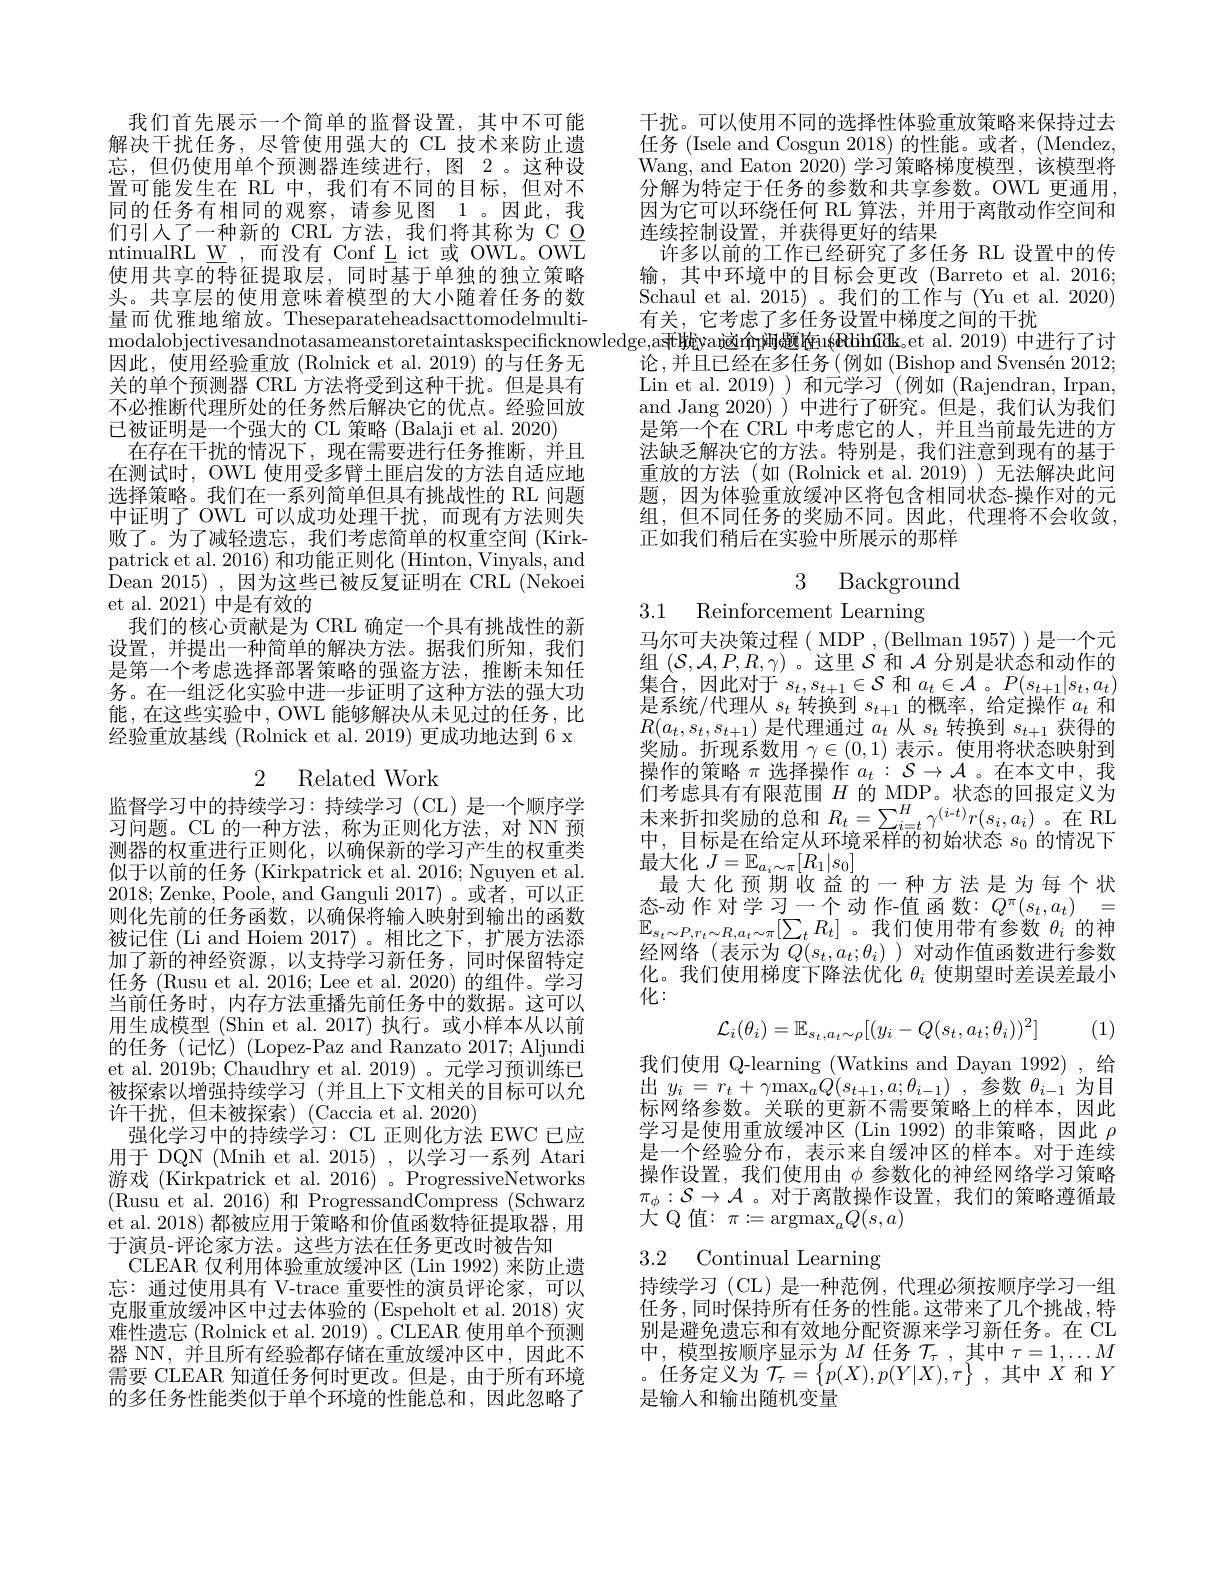
我们首先展示一个简单的监督设置，其中不可能解决干扰任务，尽管使用强大的 CL 技术来防止遗忘，但仍使用单个预测器连续进行，图 2。这种设置可能发生在 RL 中，我们有不同的目标，但对不同的任务有相同的观察，请参见图 1。因此，我们引入了一种新的 CRL 方法，我们将其称为 C O ntinualRL W,而没有 Conf L ict 或 OWL。OWL 使用共享的特征提取层，同时基于单独的独立策略头。共享层的使用意味着模型的大小随着任务的数量而优雅地缩放。Theseparateheadsacttomodelmulti因此，使用经验重放(Rolnick et al.2019)的与任务无关的单个预测器 CRL 方法将受到这种干扰。但是具有不必推断代理所处的任务然后解决它的优点。经验回放已被证明是一个强大的 CL 策略 (Balaji et al. 2020)
在存在干扰的情况下，现在需要进行任务推断，并且在测试时，OWL 使用受多臂土匪启发的方法自适应地选择策略。我们在一系列简单但具有挑战性的 RL 问题中证明了 OWL 可以成功处理干扰，而现有方法则失败了。为了减轻遗忘，我们考虑简单的权重空间(Kirk-) patrick et al. 2016) 和功能正则化 (Hinton, Vinyals, and Dean 2015),因为这些已被反复证明在 CRL (Nekoei et al. 2021) 中是有效的
我们的核心贡献是为 CRL 确定一个具有挑战性的新设置，并提出一种简单的解决方法。据我们所知，我们是第一个考虑选择部署策略的强盗方法，推断未知任务。在一组泛化实验中进一步证明了这种方法的强大功能，在这些实验中，OWL 能够解决从未见过的任务，比经验重放基线 (Rolnick et al. 2019) 更成功地达到 6 x

2 Related Work

监督学习中的持续学习：持续学习(CL)是一个顺序学习问题。CL 的一种方法，称为正则化方法，对 NN 预测器的权重进行正则化，以确保新的学习产生的权重类似于以前的任务 (Kirkpatrick et al. 2016; Nguyen et al. 2018;Zenke, Poole, and Ganguli 2017)。或者，可以正则化先前的任务函数，以确保将输入映射到输出的函数被记住 (Li and Hoiem 2017) 。相比之下，扩展方法添加了新的神经资源，以支持学习新任务，同时保留特定任务 (Rusu et al. 2016; Lee et al. 2020) 的组件。学习当前任务时，内存方法重播先前任务中的数据。这可以用生成模型 (Shin et al. 2017) 执行。或小样本从以前的任务(记忆)(Lopez-Paz and Ranzato 2017; Aljundi et al. 2019b; Chaudhry et al. 2019) 。元学习预训练已被探索以增强持续学习 (并且上下文相关的目标可以允许干扰，但未被探索)(Caccia et al. 2020)
强化学习中的持续学习：CL 正则化方法 EWC 已应用于 DQN (Mnih et al. 2015) ,以学习一系列 Atari 游戏 (Kirkpatrick et al. 2016) 。ProgressiveNetworks (Rusu et al. 2016) 和 ProgressandCompress (Schwarz) et al. 2018) 都被应用于策略和价值函数特征提取器，用于演员-评论家方法。这些方法在任务更改时被告知
CLEAR 仅利用体验重放缓冲区 (Lin 1992) 来防止遗忘：通过使用具有 V-trace 重要性的演员评论家，可以克服重放缓冲区中过去体验的 (Espeholt et al.2018) 灾难性遗忘 (Rolnick et al. 2019) 。$\bar{\mathrm{CLEAR~使用单个预测}}$ 器 NN, 并且所有经验都存储在重放缓冲区中，因此不需要 CLEAR 知道任务何时更改。但是，由于所有环境的多任务性能类似于单个环境的性能总和，因此忽略了

干扰。可以使用不同的选择性体验重放策略来保持过去任务 (Isele and Cosgun 2018) 的性能。或者，(Mendez, Wang, and Eaton 2020) 学习策略梯度模型，该模型将分解为特定于任务的参数和共享参数。OWL 更通用， 因为它可以环绕任何 RL 算法，并用于离散动作空间和连续控制设置，并获得更好的结果
许多以前的工作已经研究了多任务 RL 设置中的传输，其中环境中的目标会更改(Barreto et al.2016; Schaul et al. 2015) 。我们的工作与 (Yu et al. 2020) 有关，它考虑了多任务设置中梯度之间的干扰
modalobjectivesandnotasameanstoretaintaskspecificknowledge, asfł $\c {c}$van$\text{这 种 }$p闽题的uh$ifdk\_ et al. 2019)$ 中进行了讨
论，并且已经在多任务(例如(Bishop and Svensén 2012; Lin et al. 2019) )和元学习 (例如 (Rajendran, Irpan, and Jang 2020) )中进行了研究。但是，我们认为我们是第一个在 CRL 中考虑它的人，并且当前最先进的方法缺乏解决它的方法。特别是，我们注意到现有的基于重放的方法(如(Rolnick et al.2019))无法解决此问题，因为体验重放缓冲区将包含相同状态-操作对的元组，但不同任务的奖励不同。因此，代理将不会收敛， 正如我们稍后在实验中所展示的那样

3 Background

3.1 Reinforcement Learning

马尔可夫决策过程( MDP ,(Bellman 1957) ) 是一个元组$(\mathcal{S},\mathcal{A},P,R,\gamma)$ 。这里$\mathcal{S}$和$\mathcal{A}$分别是状态和动作的集合，因此对于$s_t,s_{t+1}\in\mathcal{S}$和$a_t\in\mathcal{A}$ 。$P(s_t+1|s_t,a_t)$ 是系统/代理从$s_t$转换到$s_t+1$的概率，给定操作$a_t$和$R(a_{t},s_{t},s_{t+1})$是代理通过$a_t$从$s_t$转换到$s_t+1$获得的奖励。折现系数用$\gamma\in(0,1)$表示。使用将状态映射到操作的策略$\pi$选择操作$a_t:\mathcal{S}\to\mathcal{A}$ 。在本文中，我们 考 虑 具 有 有 限 范 围 $H$ 的 MDP。状 态 的 回 报 定 义 为 未 来 折 扣 奖 励 的 总 和 $R_{t}= \sum _{i= t}^{H}\gamma ^{( i- t) }r( s_{i}, a_{i})$。在 RL 中，目标是在给定从环境采样的初始状态$s_0$的情况下最大化$J=\mathbb{E}_{a_i\sim\pi}[R_1|s_0]$
最大化预期收益的一种方法是为每个状态-动作对学习一个动作-值函数：$Q^\pi(s_t,a_t)=$ $\mathbb{E}_{s_t\sim P,r_t\sim R,a_t\sim\pi}[\sum_tR_t]$。我们使用带有参数$\theta_i$的神经网络(表示为$Q(s_t,a_t;\theta_i)$ )对动作值函数进行参数化。我们使用梯度下降法优化$\theta_i$使期望时差误差最小化：

(1)
$$\mathcal{L}_i(\theta_i)=\mathbb{E}_{s_t,a_t\sim\rho}[(y_i-Q(s_t,a_t;\theta_i))^2]$$
我们使用 Q-learning (Watkins and Dayan 1992), 给出$y_i= r_t+ \gamma \max _{a}Q( s_{t+ 1}, a; \theta _{i- 1})$ ,参数$\theta_i-1$为目标网络参数。关联的更新不需要策略上的样本，因此学习是使用重放缓冲区 (Lin 1992)的非策略，因此$\rho$ 是一个经验分布，表示来自缓冲区的样本。对于连续操作设置，我们使用由$\phi$参数化的神经网络学习策略$\pi_\phi:\mathcal{S}\to\mathcal{A}$ 。对于离散操作设置，我们的策略遵循最大 Q 值：$\pi:=\operatorname{argmax}_aQ(s,a)$

# 3.2 Continual Learning

持续学习 (CL) 是一种范例，代理必须按顺序学习一组任务，同时保持所有任务的性能。这带来了几个挑战，特别是避免遗忘和有效地分配资源来学习新任务。在 CL 中，模型按顺序显示为$M$任务$\mathcal{T}_\tau$,其中$\tau=1,\ldots M$ 。任务定义为$\mathcal{T}_\tau=\left\{p(X),p(Y|X),\tau\right\}$,其中$X$和$Y$ 是输人和输出随机变量